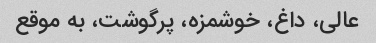
عالی، داغ، خوشمزه، پرگوشت، به موقع